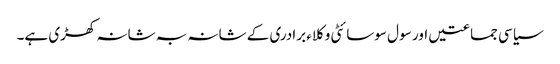
سیاسی جماعتیں اور سو ل سوسائٹی وکلاء برادری کے شانہ بہ شانہ کھڑی ہے۔